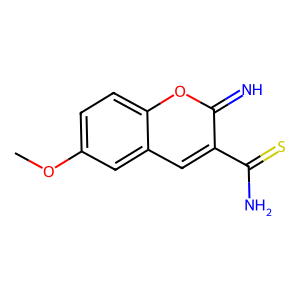
SMILES: COc1ccc2oc(=N)c(C(N)=S)cc2c1
Inhibits HIV replication: No